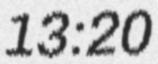
13:20